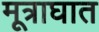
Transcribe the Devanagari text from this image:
मूत्राघात